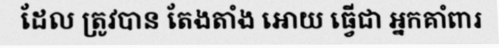
ដែល ត្រូវបាន តែងតាំង អោយ ធ្វើជា អ្នកគាំពារ